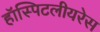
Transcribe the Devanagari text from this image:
हॉस्पिटलीयरेस